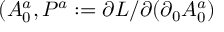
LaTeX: ( A _ { 0 } ^ { a } , P ^ { a } : = \partial L / \partial ( \partial _ { 0 } { A } _ { 0 } ^ { a } )